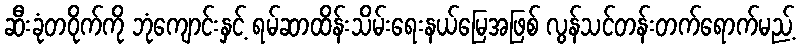
ဆီးခုံတဝိုက်ကို ဘုံကျောင်းနှင့် ရမ်ဆာထိန်းသိမ်းရေးနယ်မြေအဖြစ် လွန်သင်တန်းတက်ရောက်မည့်